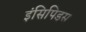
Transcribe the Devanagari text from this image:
इंसिपिडस